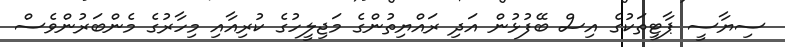
ސިޔާސީ ޕާޓީތަކުގެ އިސް ބޭފުޅުން އަދި ރައްޔިތުންގެ މަޖިލީހުގެ ކުރިއާއި މިހާރުގެ މެންބަރުންވެސް